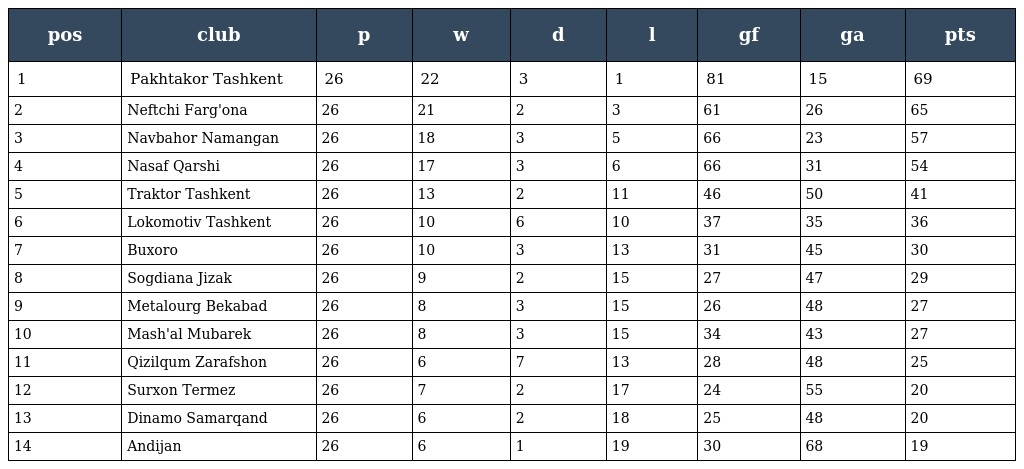
| pos | club | p | w | d | l | gf | ga | pts |
 | --- | --- | --- | --- | --- | --- | --- | --- | --- |
 | 1 | Pakhtakor Tashkent | 26 | 22 | 3 | 1 | 81 | 15 | 69 |
 | 2 | Neftchi Farg'ona | 26 | 21 | 2 | 3 | 61 | 26 | 65 |
 | 3 | Navbahor Namangan | 26 | 18 | 3 | 5 | 66 | 23 | 57 |
 | 4 | Nasaf Qarshi | 26 | 17 | 3 | 6 | 66 | 31 | 54 |
 | 5 | Traktor Tashkent | 26 | 13 | 2 | 11 | 46 | 50 | 41 |
 | 6 | Lokomotiv Tashkent | 26 | 10 | 6 | 10 | 37 | 35 | 36 |
 | 7 | Buxoro | 26 | 10 | 3 | 13 | 31 | 45 | 30 |
 | 8 | Sogdiana Jizak | 26 | 9 | 2 | 15 | 27 | 47 | 29 |
 | 9 | Metalourg Bekabad | 26 | 8 | 3 | 15 | 26 | 48 | 27 |
 | 10 | Mash'al Mubarek | 26 | 8 | 3 | 15 | 34 | 43 | 27 |
 | 11 | Qizilqum Zarafshon | 26 | 6 | 7 | 13 | 28 | 48 | 25 |
 | 12 | Surxon Termez | 26 | 7 | 2 | 17 | 24 | 55 | 20 |
 | 13 | Dinamo Samarqand | 26 | 6 | 2 | 18 | 25 | 48 | 20 |
 | 14 | Andijan | 26 | 6 | 1 | 19 | 30 | 68 | 19 |